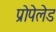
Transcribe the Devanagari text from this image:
प्रोपेलेड